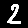
Digit: 2